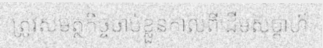
ត្រូវសមត្ថកិច្ចចាប់ខ្លួនកាលពីដើមសប្តាហ៍